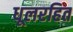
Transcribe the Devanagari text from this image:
धूलरहित